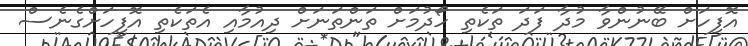
އޮފީހަށް ބޭނުންވާ މުދާ ފަދަ ތަކެތި ހޯދުމަށް ތަންތަނަށް ދިއުމާއި އެތަކެތި އޮފީހަށްގެނެސް